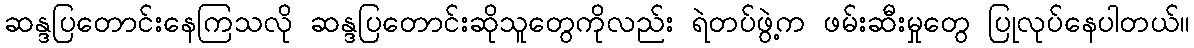
ဆန္ဒပြတောင်းနေကြသလို ဆန္ဒပြတောင်းဆိုသူတွေကိုလည်း ရဲတပ်ဖွဲ့က ဖမ်းဆီးမှုတွေ ပြုလုပ်နေပါတယ်။